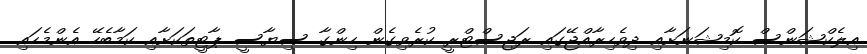
އިލެކްޝަންސް ކޮމިޝަނަށާއި ދިވެހިރާއްޖޭގައި ރަޖިސްޓްރީ ކުރެވިގެން ހިންގާ ސިޔާސީ ޕާޓީތަކަށާއި ކަމާބެހޭ އެންމެހައި